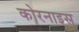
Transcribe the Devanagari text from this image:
कोरनाइस